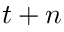
t + n